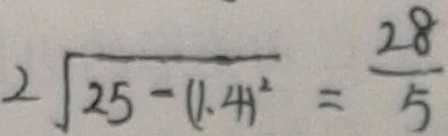
2 \sqrt { 2 5 - ( 1 . 4 ) ^ { 2 } } = \frac { 2 8 } { 5 }